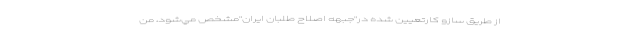
از طريق سازو كارتعيين شده در"جبهه اصلاح طلبان ايران"مشخص مي‌شود، من